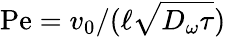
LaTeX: \mathrm{Pe}=v_{0}/(\ell\sqrt{D_{\omega}\tau})